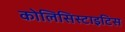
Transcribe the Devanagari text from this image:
कोलिसिस्टाइटिस